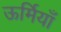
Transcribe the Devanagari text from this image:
ऊर्मियाँ